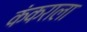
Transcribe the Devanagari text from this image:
कंकराला